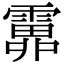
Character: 𩅎